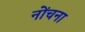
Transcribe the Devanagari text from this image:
नोंचना